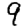
Digit: 9